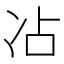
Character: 𫥄